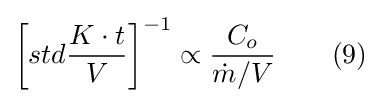
\left[std{\frac {K\cdot t}{V}}\right]^{-1}\propto {\frac {C_{o}}{{\dot {m}}/V}}\qquad (9)